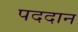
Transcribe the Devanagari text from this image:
पददान